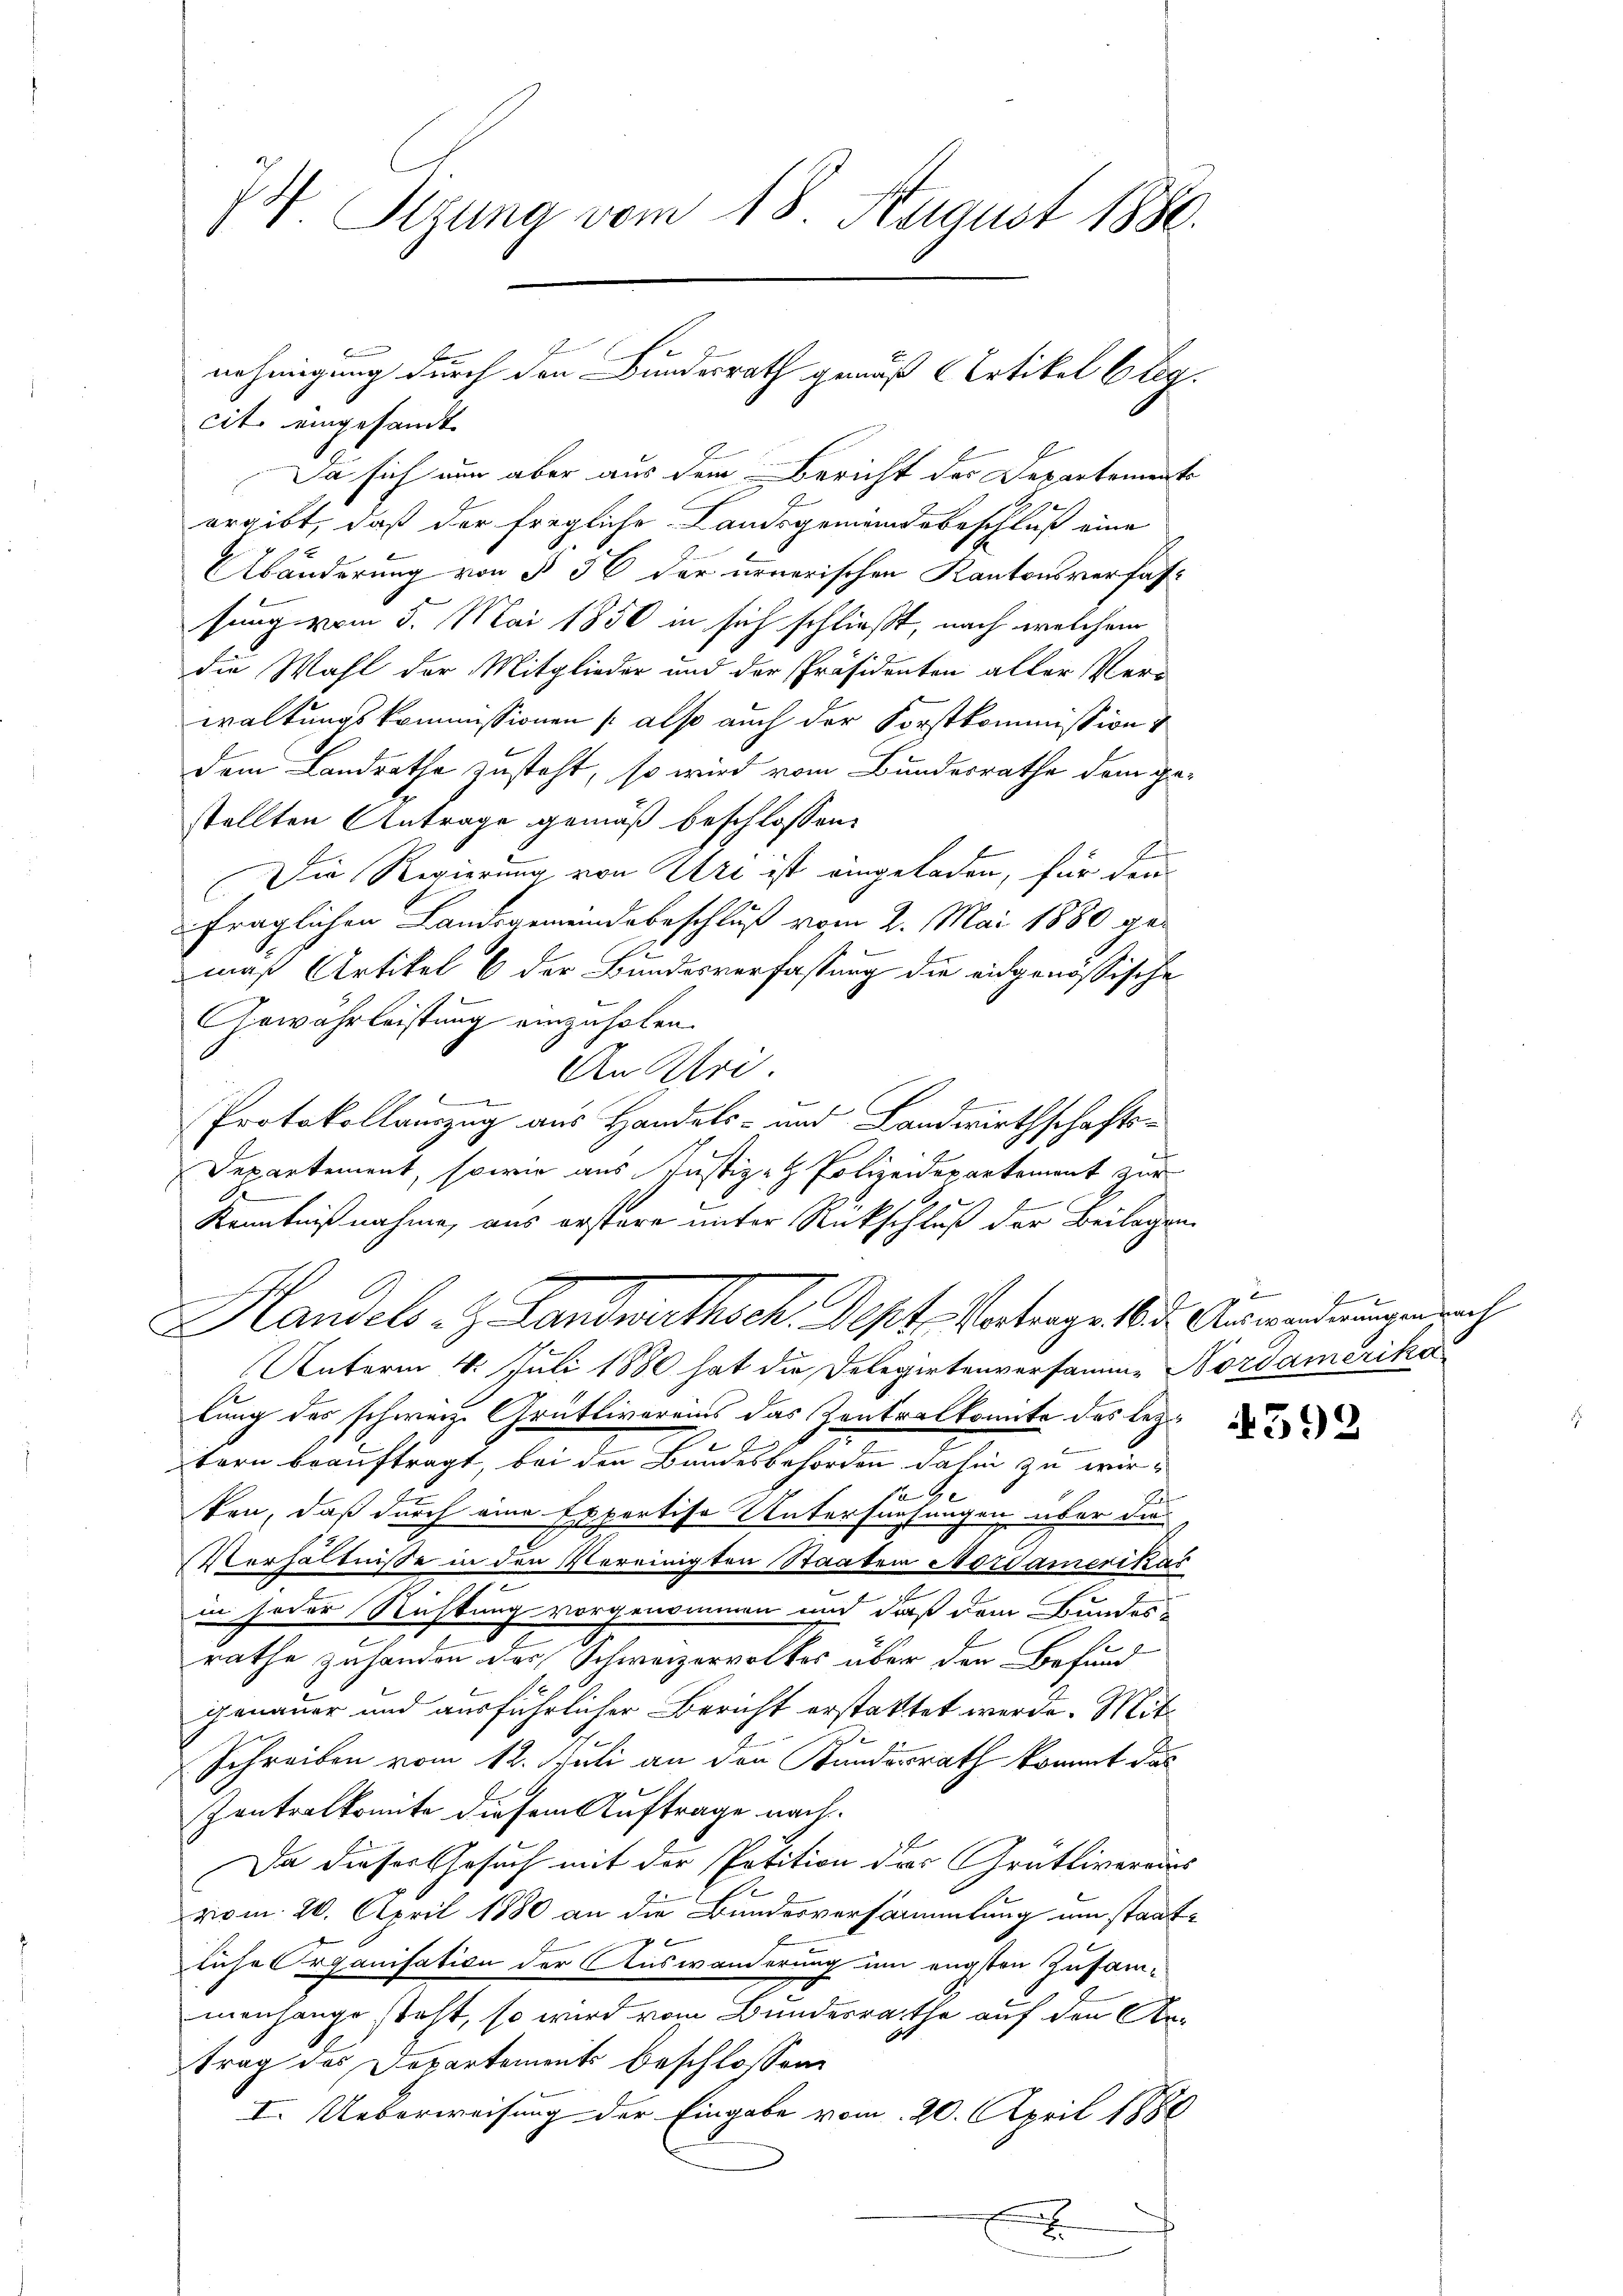
4 Sizung vom 18. August 1880.

cite eingesandt.
Da sich nun aber aus dem Bericht der Departements
ergibt, daß der fragliche Landsgemeindebeschluß eine
Abänderung von § 56 der urnerischen Kantonsverfas-
sung vom 5. Mai 1850 in sich schließt, nach welchem
die Wahl der Mitglieder und der Präsidenten aller Verwaltungskommissionen (also auch der Forstkommission
dem Landrathe zusteht, so wird vom Bundesrathe dem gestellten Antrage gemäß beschlossen:
2
Die Regierung von Uri ist eingeladen, für den
fraglichen Landsgemeindsbeschluß vom 2. Mai 1880 gemaß Artikel 6 der Bundesverfassung die eidgenössische
Gewährleistung einzuholen.
An Uri.
Protokollauszug aus Handels- und Landwirthschafts¬
Departement, sowie aus Justiz- & Polizeidepartement zur
1
Kenntnißnahme, aus erstere unter Rückschluß der Beilagen
Handels z. Landwirtsch. Sept. Vortrage der Anwagengerich
Unterm 4. Juli 1880 hat die Delegirtenversamme Nordamerika
lung des schweiz. Grütlivereins das Zentralkomite des lezt
tern beauftragt, bei den Bundesbehörden dahin zu wir¬
J
ten, daß durch eine Expertise Untersuchungen über die
Verhältnisse in den Vereinigten Staaten Mordamerikas
in jeder Richtung vorgenommen und daß dem Bundes-
rathe zuhanden des Schweizervolkes über den Befund
genauer und ausführlicher Bericht erstattet werde. Mit¬
Schreiben vom 12. Juli an den Bundesrath kommt das
ontralkomite diesem Auftrage nach¬
Da dieser Gesuch mit der Petition der Grütliveraus
vom 20. April 1880 an die Bundesversammlung um staatliche Organisation der Auswanderung um engsten Zusammenhange steht, so wird vom Bundesrathe auf den Artrag des Departements beschlossen
I. Ueberweisung der Eingabe vom 20. April 1880
x

nehmigung durch den Bundesrath gemäß Artikel beg

92
f

392